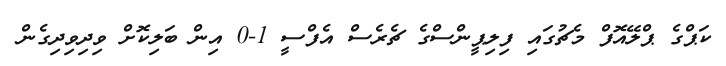
ކަޕްގެ ޕްލޭއޮފް މެޗުގައި ފިލިޕީންސްގެ ޗެރެސް އެފްސީ 1-0 އިން ބަލިކޮށް ވިދިވިދިގެން